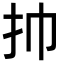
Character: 㧆